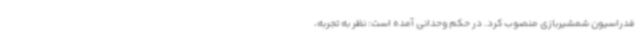
فدراسیون شمشیربازی منصوب کرد. در حکم وحدانی آمده است: نظر به تجربه،